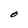
Character: O